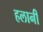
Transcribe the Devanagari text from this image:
हलानी